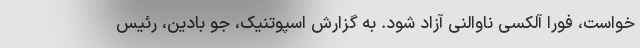
خواست، فورا آلکسی ناوالنی آزاد شود. به گزارش اسپوتنیک، جو بادین، رئیس